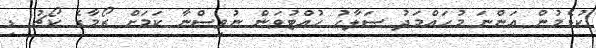
ކުޅެމުން އަންނަ މުހައްމަދު ސަލާހު ހުއްޓުވަން ނުވިސްނާ ކަމަށް ރޯމާގެ ކޯޗު ޑި